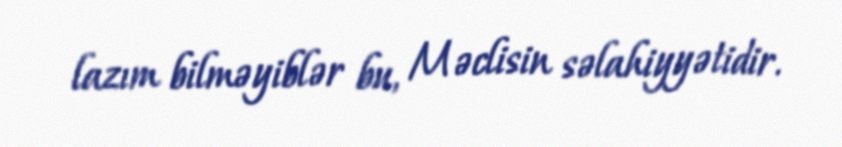
lazım bilməyiblər bu, Məclisin səlahiyyətidir.